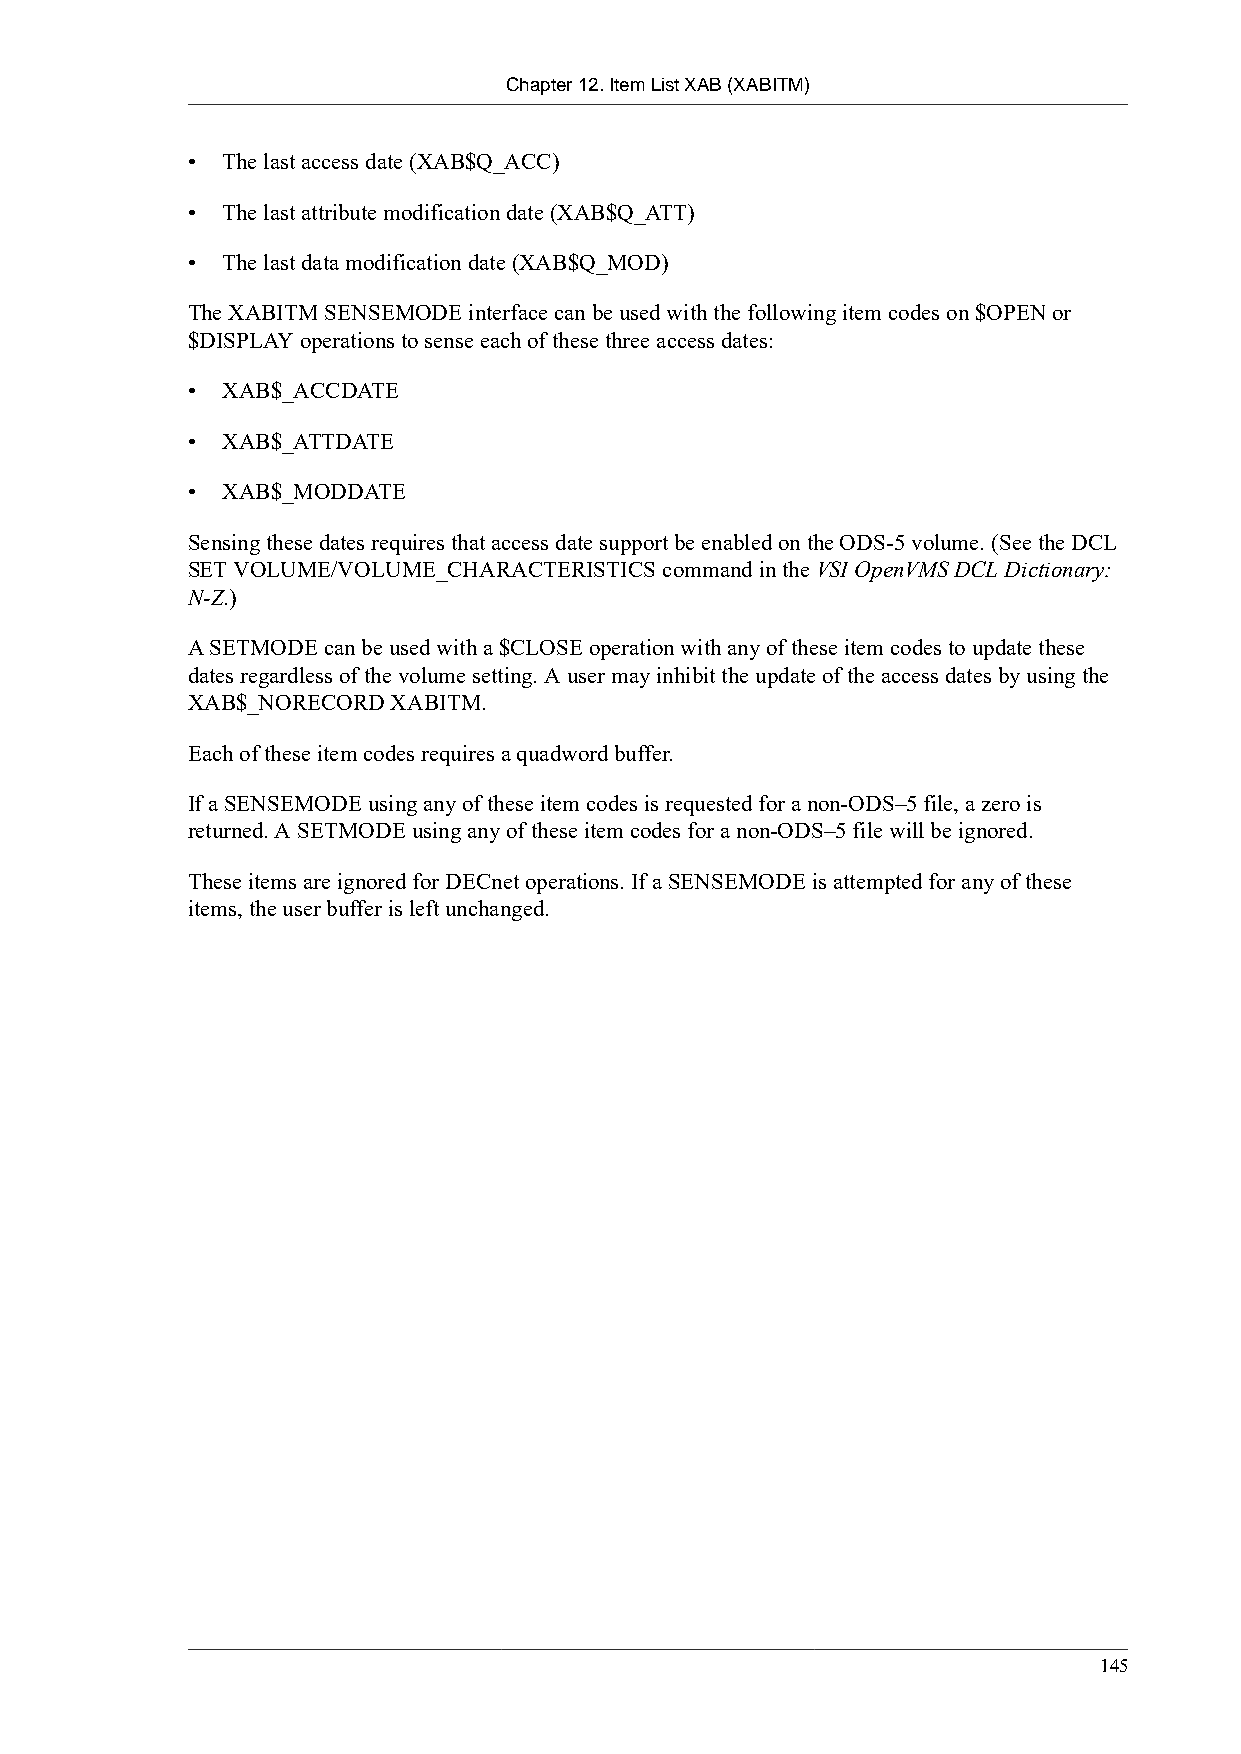
Chapter 12. Item List XAB (XABITM)
 •  The last access date (XAB$Q_ACC)
 •  The last attribute modification date (XAB$Q_ATT)
 •  The last data modification date (XAB$Q_MOD)
 The XABITM SENSEMODE interface can be used with the following item codes on $OPEN or
 $DISPLAY operations to sense each of these three access dates:
 •  XAB$_ACCDATE
 •  XAB$_ATTDATE
 •  XAB$_MODDATE
 Sensing these dates requires that access date support be enabled on the ODS-5 volume. (See the DCL
 SET VOLUME/VOLUME_CHARACTERISTICS command in the VSI OpenVMS DCL Dictionary:
 N-Z.)
 A SETMODE can be used with a $CLOSE operation with any of these item codes to update these
 dates regardless of the volume setting. A user may inhibit the update of the access dates by using the
 XAB$_NORECORD XABITM.
 Each of these item codes requires a quadword buffer.
 If a SENSEMODE using any of these item codes is requested for a non-ODS–5 file, a zero is
 returned. A SETMODE using any of these item codes for a non-ODS–5 file will be ignored.
 These items are ignored for DECnet operations. If a SENSEMODE is attempted for any of these
 items, the user buffer is left unchanged.
 145